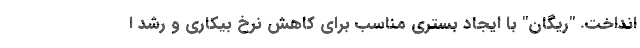
انداخت. "ریگان" با ایجاد بستری مناسب برای کاهش نرخ بیکاری و رشد ا